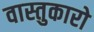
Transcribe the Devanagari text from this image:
वास्तुकारो